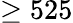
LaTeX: \ge 525